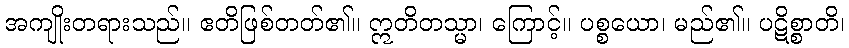
အကျိုးတရားသည်။ ဧတိဖြစ်တတ်၏။ ဣတိတသ္မာ၊ ကြောင့်။ ပစ္စယော၊ မည်၏။ ပဋိစ္စာတိ၊